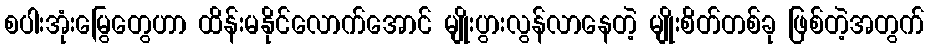
စပါးအုံးမြွေတွေဟာ ထိန်းမနိုင်လောက်အောင် မျိုးပွားလွန်လာနေတဲ့ မျိုးစိတ်တစ်ခု ဖြစ်တဲ့အတွက်